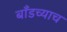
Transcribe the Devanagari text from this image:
बाँडच्याच